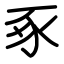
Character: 豖